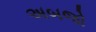
અબજો